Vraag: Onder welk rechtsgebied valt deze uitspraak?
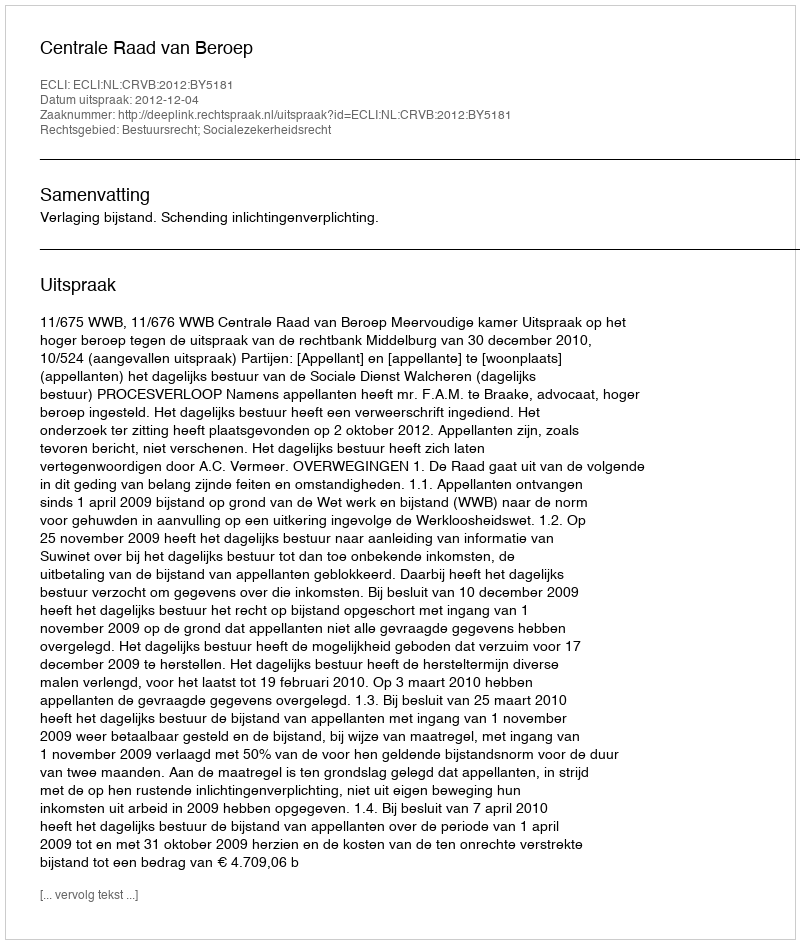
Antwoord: Bestuursrecht; Socialezekerheidsrecht